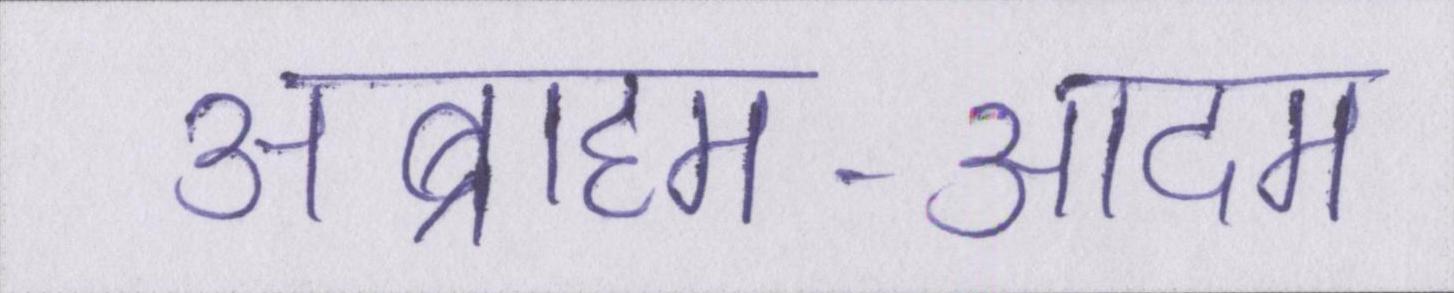
अब्राहम-आदम